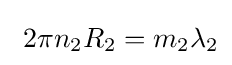
\ 2\pi n_{2}R_{2}=m_{2}\lambda _{2}